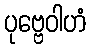
ပုဗ္ဗေဝါဟံ